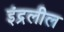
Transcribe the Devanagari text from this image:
इंद्रलील